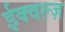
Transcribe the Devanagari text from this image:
ईक्वल्ज़